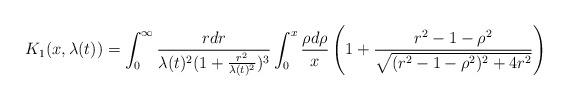
LaTeX: \begin{align*} K_{1}(x,\lambda(t)) = \int_{0}^{\infty} \frac{r dr}{\lambda(t)^{2}(1+\frac{r^{2}}{\lambda(t)^{2}})^{3}} \int_{0}^{x} \frac{\rho d\rho}{x}\left(1+\frac{r^{2}-1-\rho^{2}}{\sqrt{(r^{2}-1-\rho^{2})^{2}+4r^{2}}}\right)\end{align*}